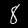
Digit: 8